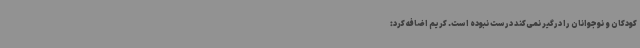
کودکان و نوجوانان را درگیر نمی‌کند درست نبوده است. کریم اضافه کرد: